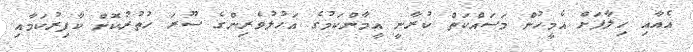
އެއާއި ޚިލާފަށް އެމީހުން މަސައްކަތް ކުރާނީ އީމާންކަމުގެ އަހުލުވެރިންގެ ސޫރަ ހުތުރުކޮށް ކާފިރުކަމާއި